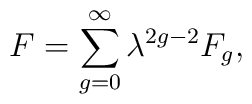
F = \sum_{g=0}^{\infty} \lambda^{2g-2} F_{g},